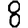
Digit: 8